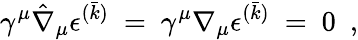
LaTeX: \gamma^{\mu}\hat{\nabla}_{\mu}\epsilon^{(\bar{k})}~=~\gamma^{\mu}\nabla_{\mu}\epsilon^{(\bar{k})}~=~0\ \ ,